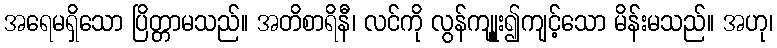
အရေမရှိသော ပြိတ္တာမသည်။ အတိစာရိနီ၊ လင်ကို လွန်ကျုူး၍ကျင့်သော မိန်းမသည်။ အဟု၊